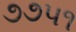
૭૭૫૧